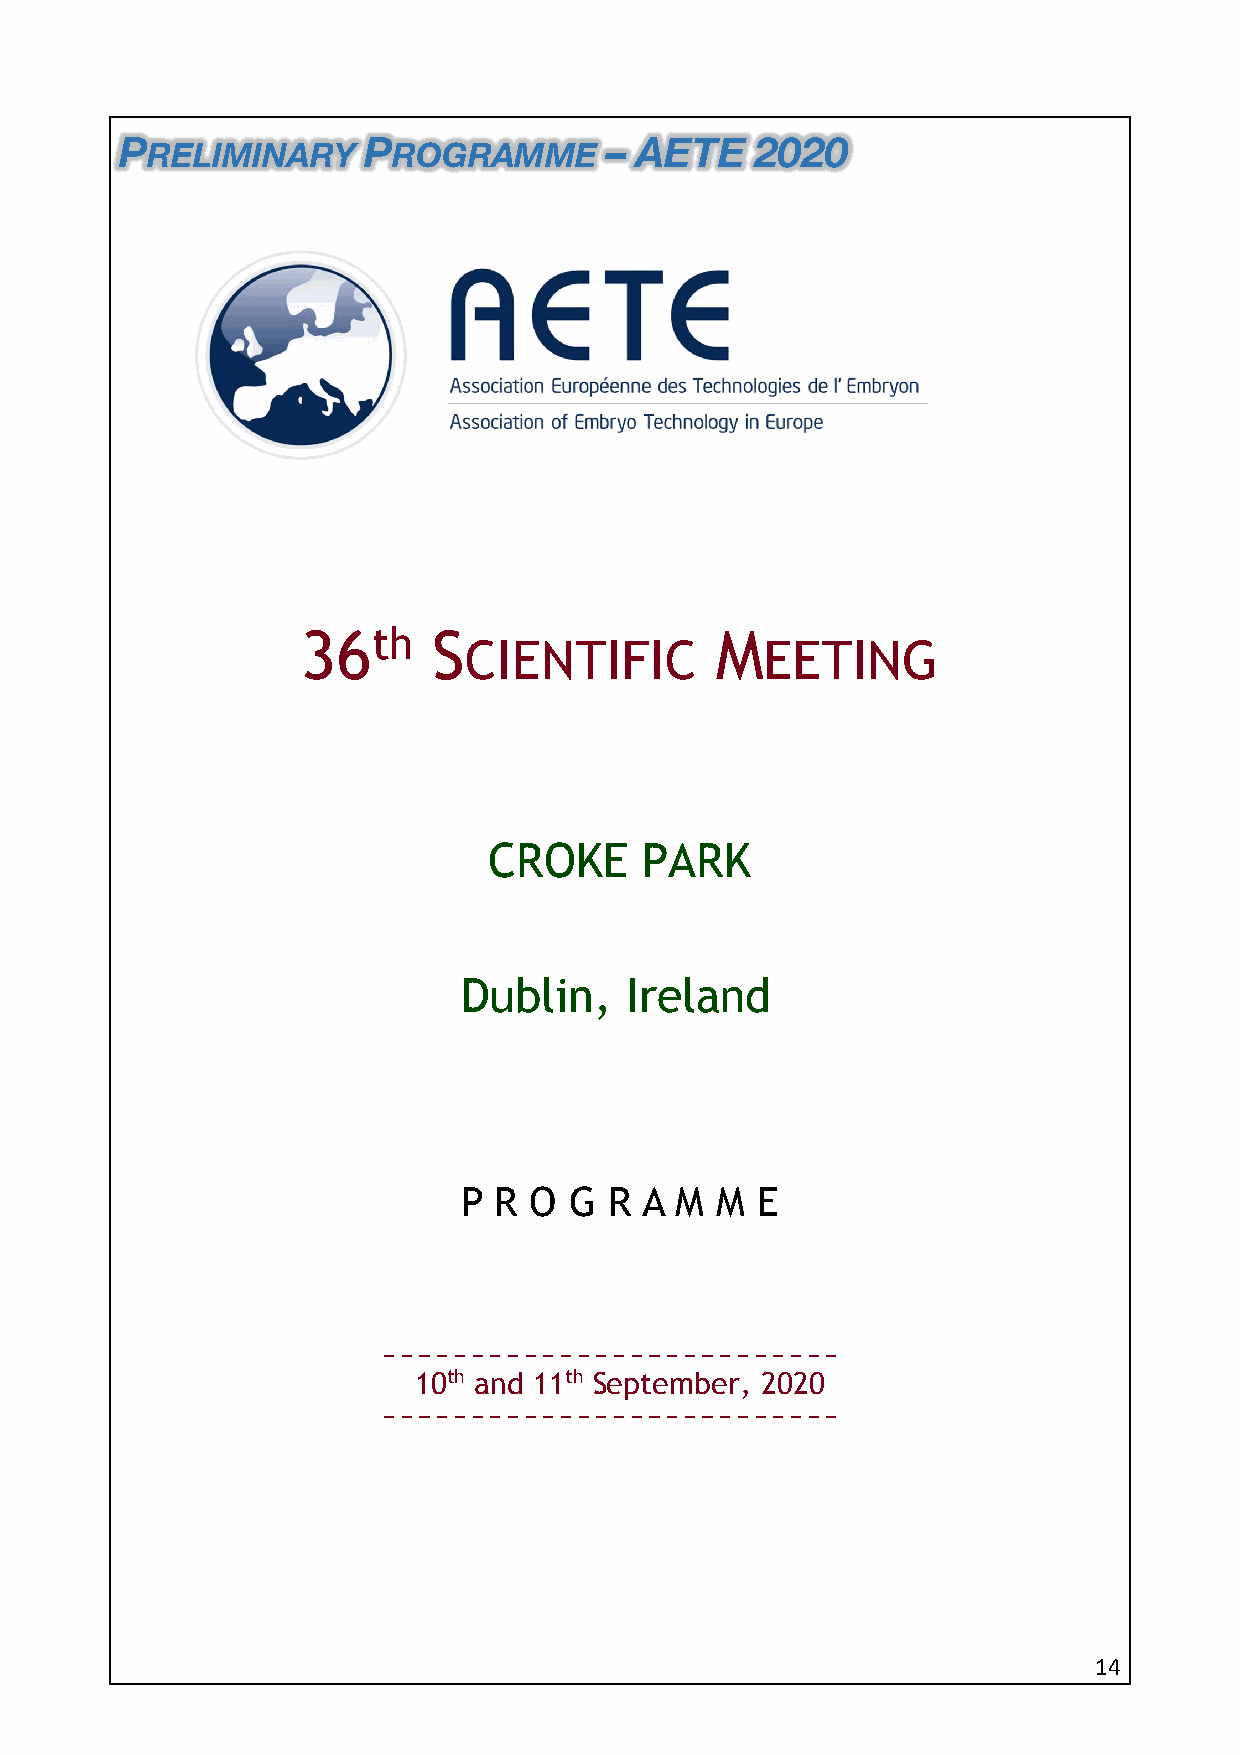
P               P               – AETE    2020
 RELIMINARY      ROGRAMME
 36th     S                 M
 CIENTIFIC           EETING
 CROKE      PARK
 Dublin,    Ireland
 P R O  G R A  M M  E
 10th and 11th September, 2020
 14